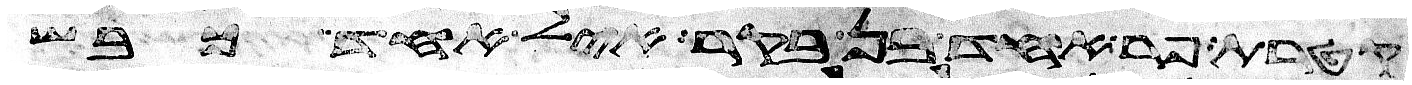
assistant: קטרת פר אחד בן בקר איל אחד כבש